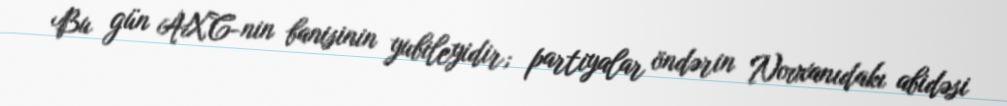
Bu gün AXC-nin banisinin yubileyidir; partiyalar öndərin Novxanıdakı abidəsi